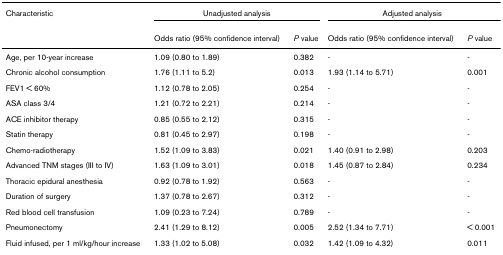
| Characteristic | <COLSPAN=2> Unadjusted analysis | <COLSPAN=2> Adjusted analysis |
 |  | Odds ratio (95% confidence interval) | P value | Odds ratio (95% confidence interval) | P value |
 | --- | --- | --- | --- | --- |
 | Age, per 10-year increase | 1.09 (0.80 to 1.89) | 0.382 | - | - |
 | Chronic alcohol consumption | 1.76 (1.11 to 5.2) | 0.013 | 1.93 (1.14 to 5.71) | 0.001 |
 | FEV1 < 60% | 1.12 (0.78 to 2.05) | 0.254 | - | - |
 | ASA class 3/4 | 1.21 (0.72 to 2.21) | 0.214 | - | - |
 | ACE inhibitor therapy | 0.85 (0.55 to 2.12) | 0.315 | - | - |
 | Statin therapy | 0.81 (0.45 to 2.97) | 0.198 | - | - |
 | Chemo-radiotherapy | 1.52 (1.09 to 3.83) | 0.021 | 1.40 (0.91 to 2.98) | 0.203 |
 | Advanced TNM stages (III to IV) | 1.63 (1.09 to 3.01) | 0.018 | 1.45 (0.87 to 2.84) | 0.234 |
 | Thoracic epidural anesthesia | 0.92 (0.78 to 1.92) | 0.563 | - | - |
 | Duration of surgery | 1.37 (0.78 to 2.67) | 0.312 | - | - |
 | Red blood cell transfusion | 1.09 (0.23 to 7.24) | 0.789 | - | - |
 | Pneumonectomy | 2.41 (1.29 to 8.12) | 0.005 | 2.52 (1.34 to 7.71) | < 0.001 |
 | Fluid infused, per 1 ml/kg/hour increase | 1.33 (1.02 to 5.08) | 0.032 | 1.42 (1.09 to 4.32) | 0.011 |